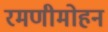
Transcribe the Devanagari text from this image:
रमणीमोहन